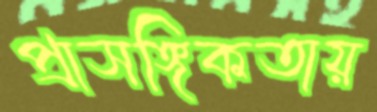
প্রাসঙ্গিকতায়